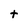
Character: t